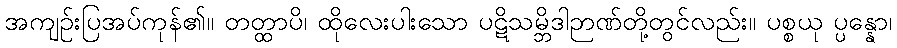
အကျဉ်းပြအပ်ကုန်၏။ တတ္ထာပိ၊ ထိုလေးပါးသော ပဋိသမ္ဘိဒါဉာဏ်တို့တွင်လည်း။ ပစ္စယု ပ္ပန္နော၊